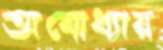
অযোধ্যায়